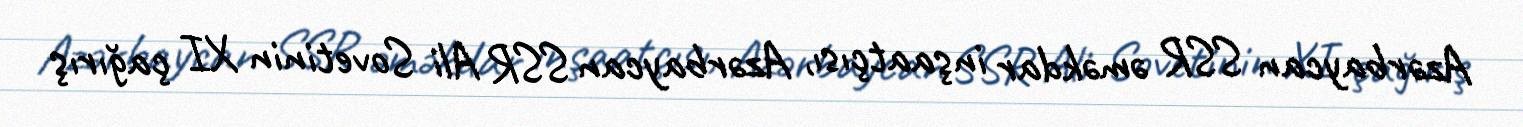
Azərbaycan SSR əməkdar inşaatçısı, Azərbaycan SSR Ali Sovetinin XI çağırış